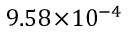
9 . 5 8 \! \times \! 1 0 ^ { - 4 }